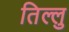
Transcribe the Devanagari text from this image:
तिल्लु